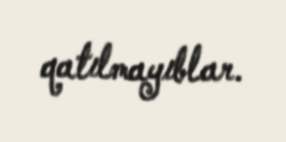
qatılmayıblar.